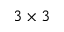
3 \times 3